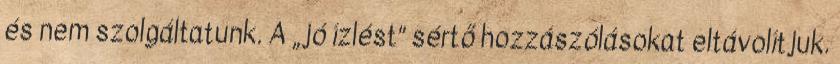
és nem szolgáltatunk. A „jó ízlést” sértő hozzászólásokat eltávolítjuk.